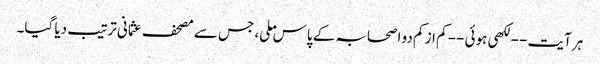
ہر آیت -- لکھی ہوئی -- کم از کم دو اصحابہ کے پاس ملی، جس سے مصحف عثمانی ترتیب دیا گیا۔